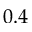
0 . 4